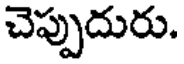
చెప్పుదురు.